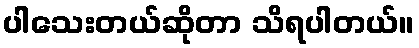
ပါသေးတယ်ဆိုတာ သိရပါတယ်။